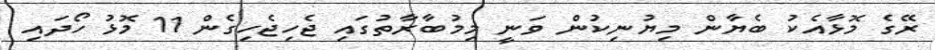
ރޭގެ މޮޅާއެކު ބެޔާން މިޔުނިކުން ވަނީ މިމުބާރާތުގައި ޖެހިޖެހިގެން 11 މޮޅު ހޯދައި